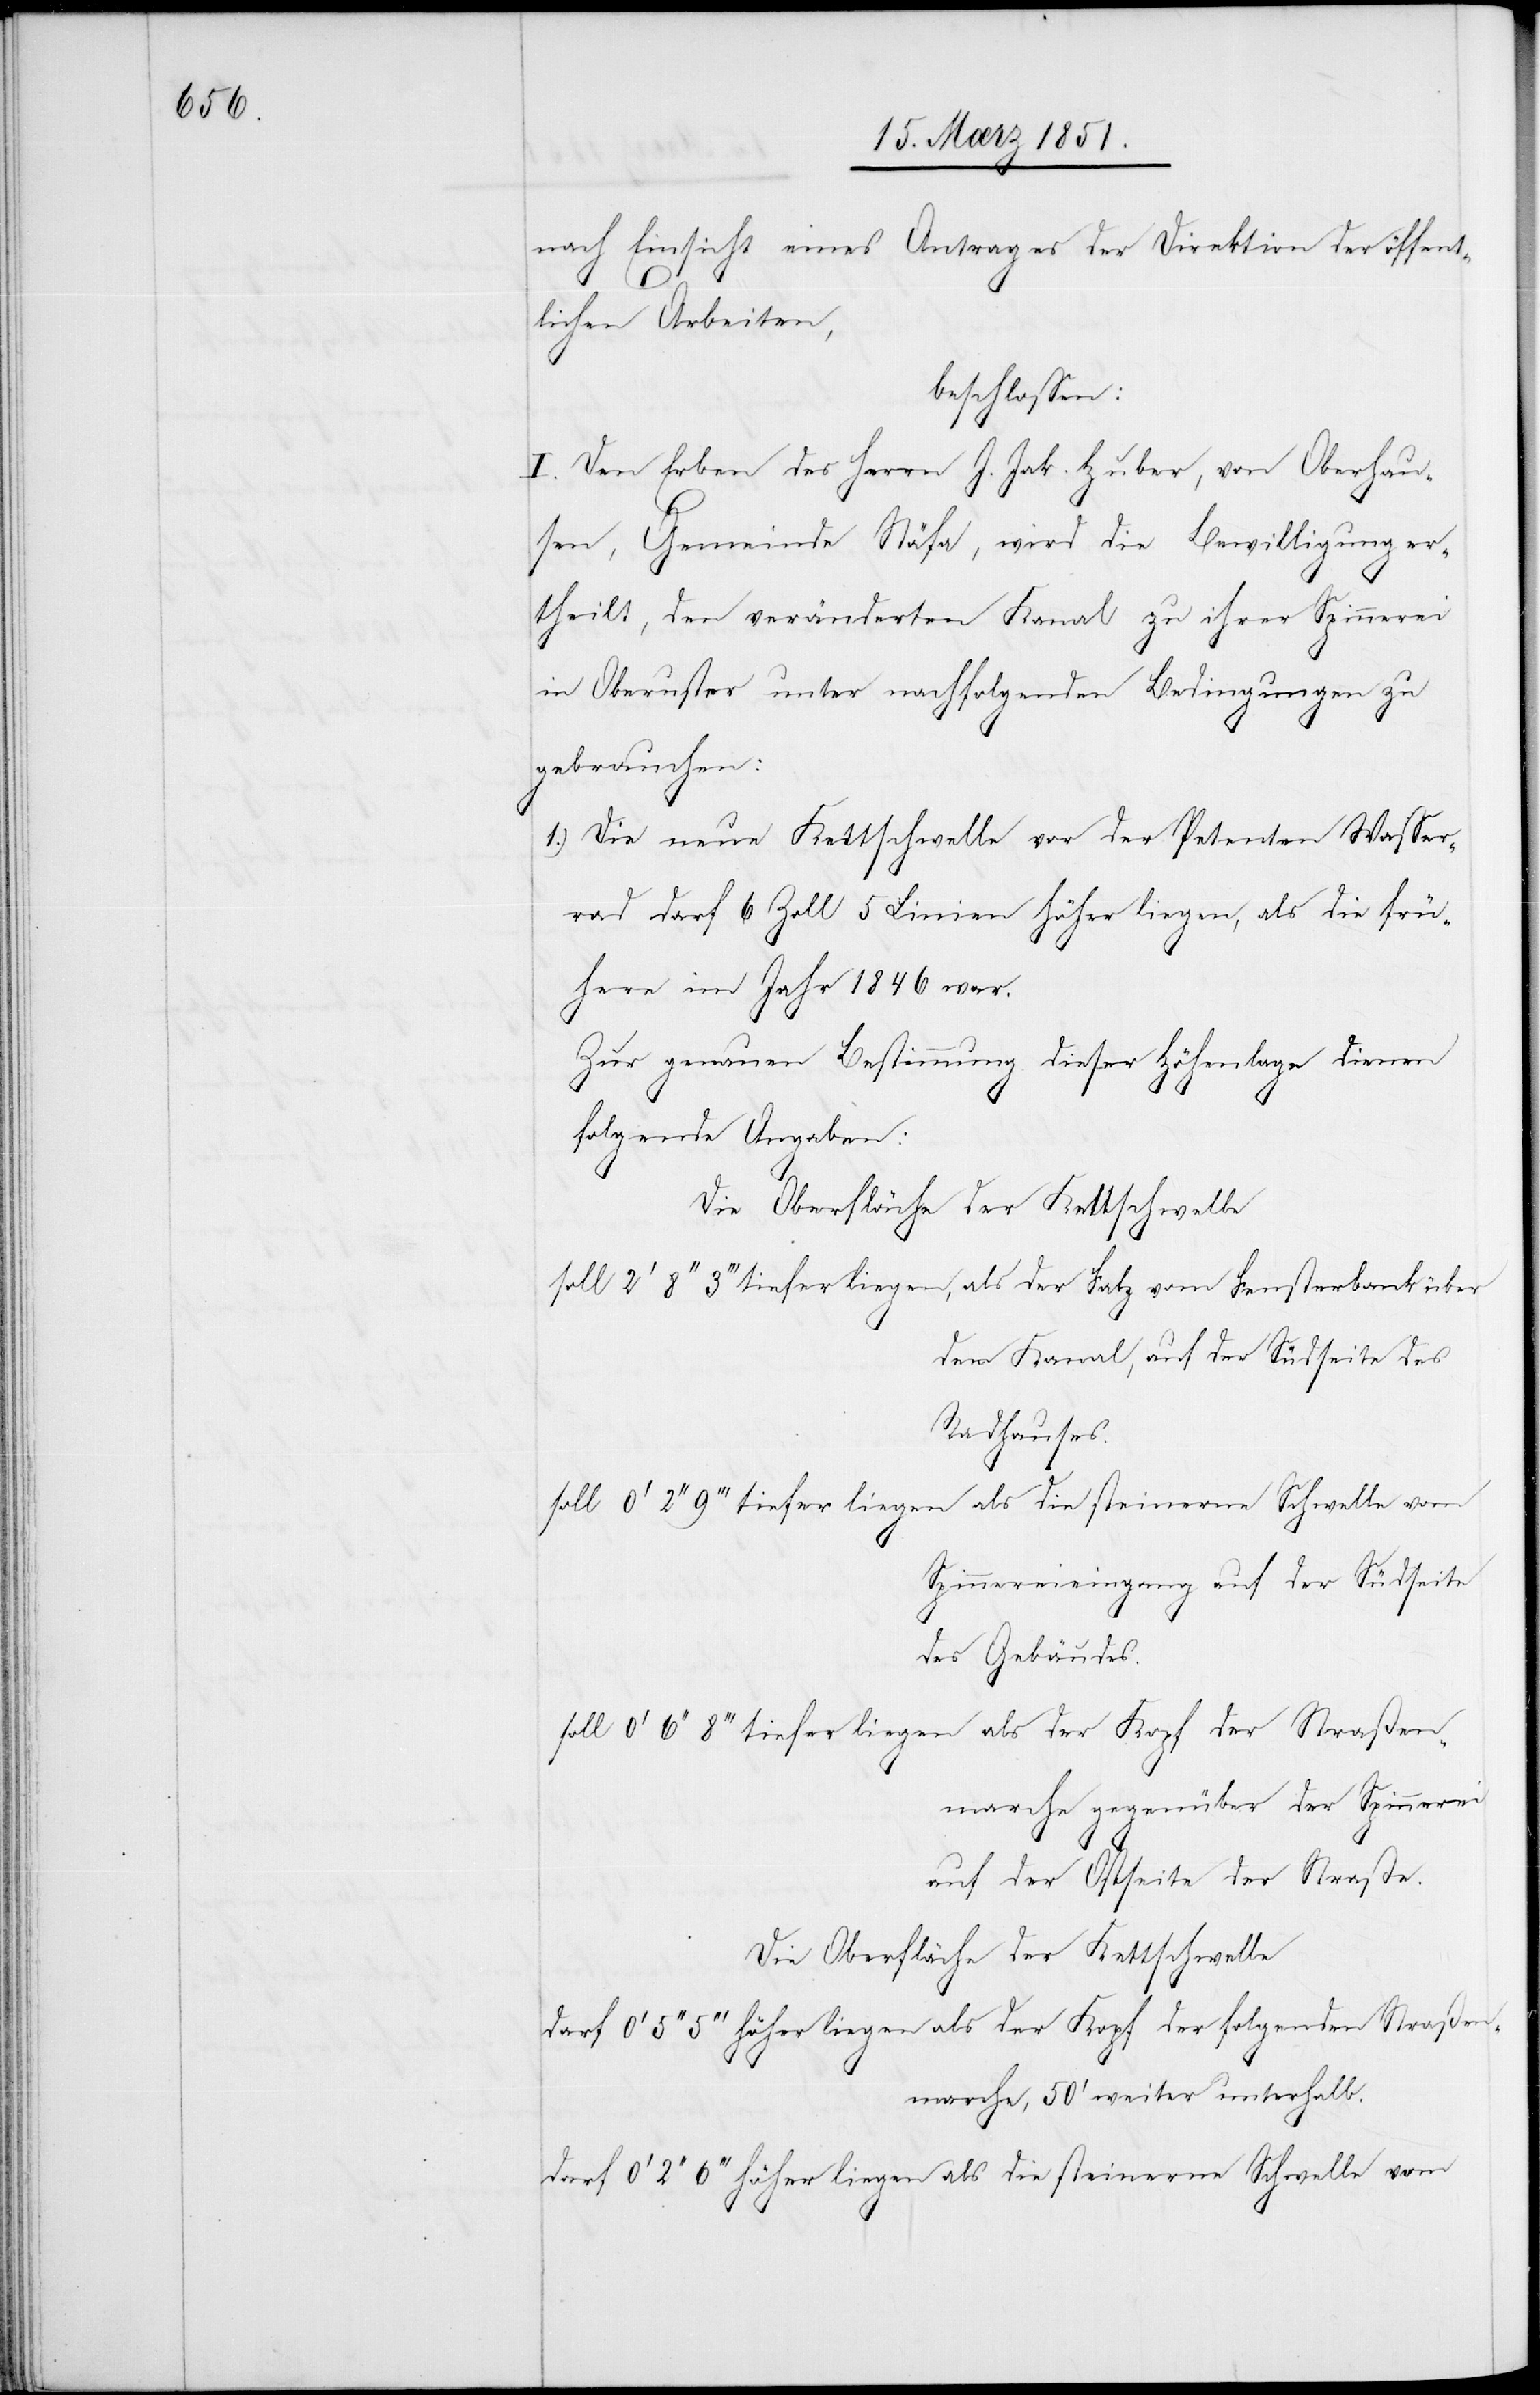
nach Einsicht eines Antrages der Direktion der öffent¬
lichen Arbeiten,
beschlossen:
I. Den Erben des Herrn J. Jak. Huber, von Oberhau¬
sen, Gemeinde Stäfa, wird die Bewilligung er¬
theilt, den veränderten Kanal zu ihrer Spinnerei
in Oberuster unter nachfolgenden Bedingungen zu
gebrauchen:
Die neue Kettschwelle vor der Petenten Wasser¬
rad darf 6 Zoll 5 Linien höher liegen, als die frü¬
here im Jahr 1846 war.
Zur genauen Bestimmung dieser Höhenlage dienen
folgenden Straßen¬
Die Oberfläche der Kettschwelle
den Kanal, auf der Südseite des
Radhauses.
Spinnereieingang auf der Südseite
des Gebäudes.
nmarche gegenüber der Spinnerei
auf der Ostseite der Straße.
Die Oberfläche der Kettschwelle
marche, 50‘ weiter unterhalb.